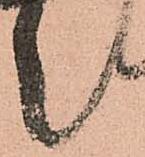
々